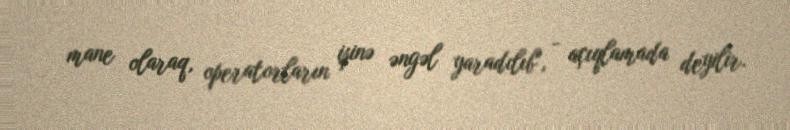
mane olaraq, operatorların işinə əngəl yaradılıb", - açıqlamada deyilir.